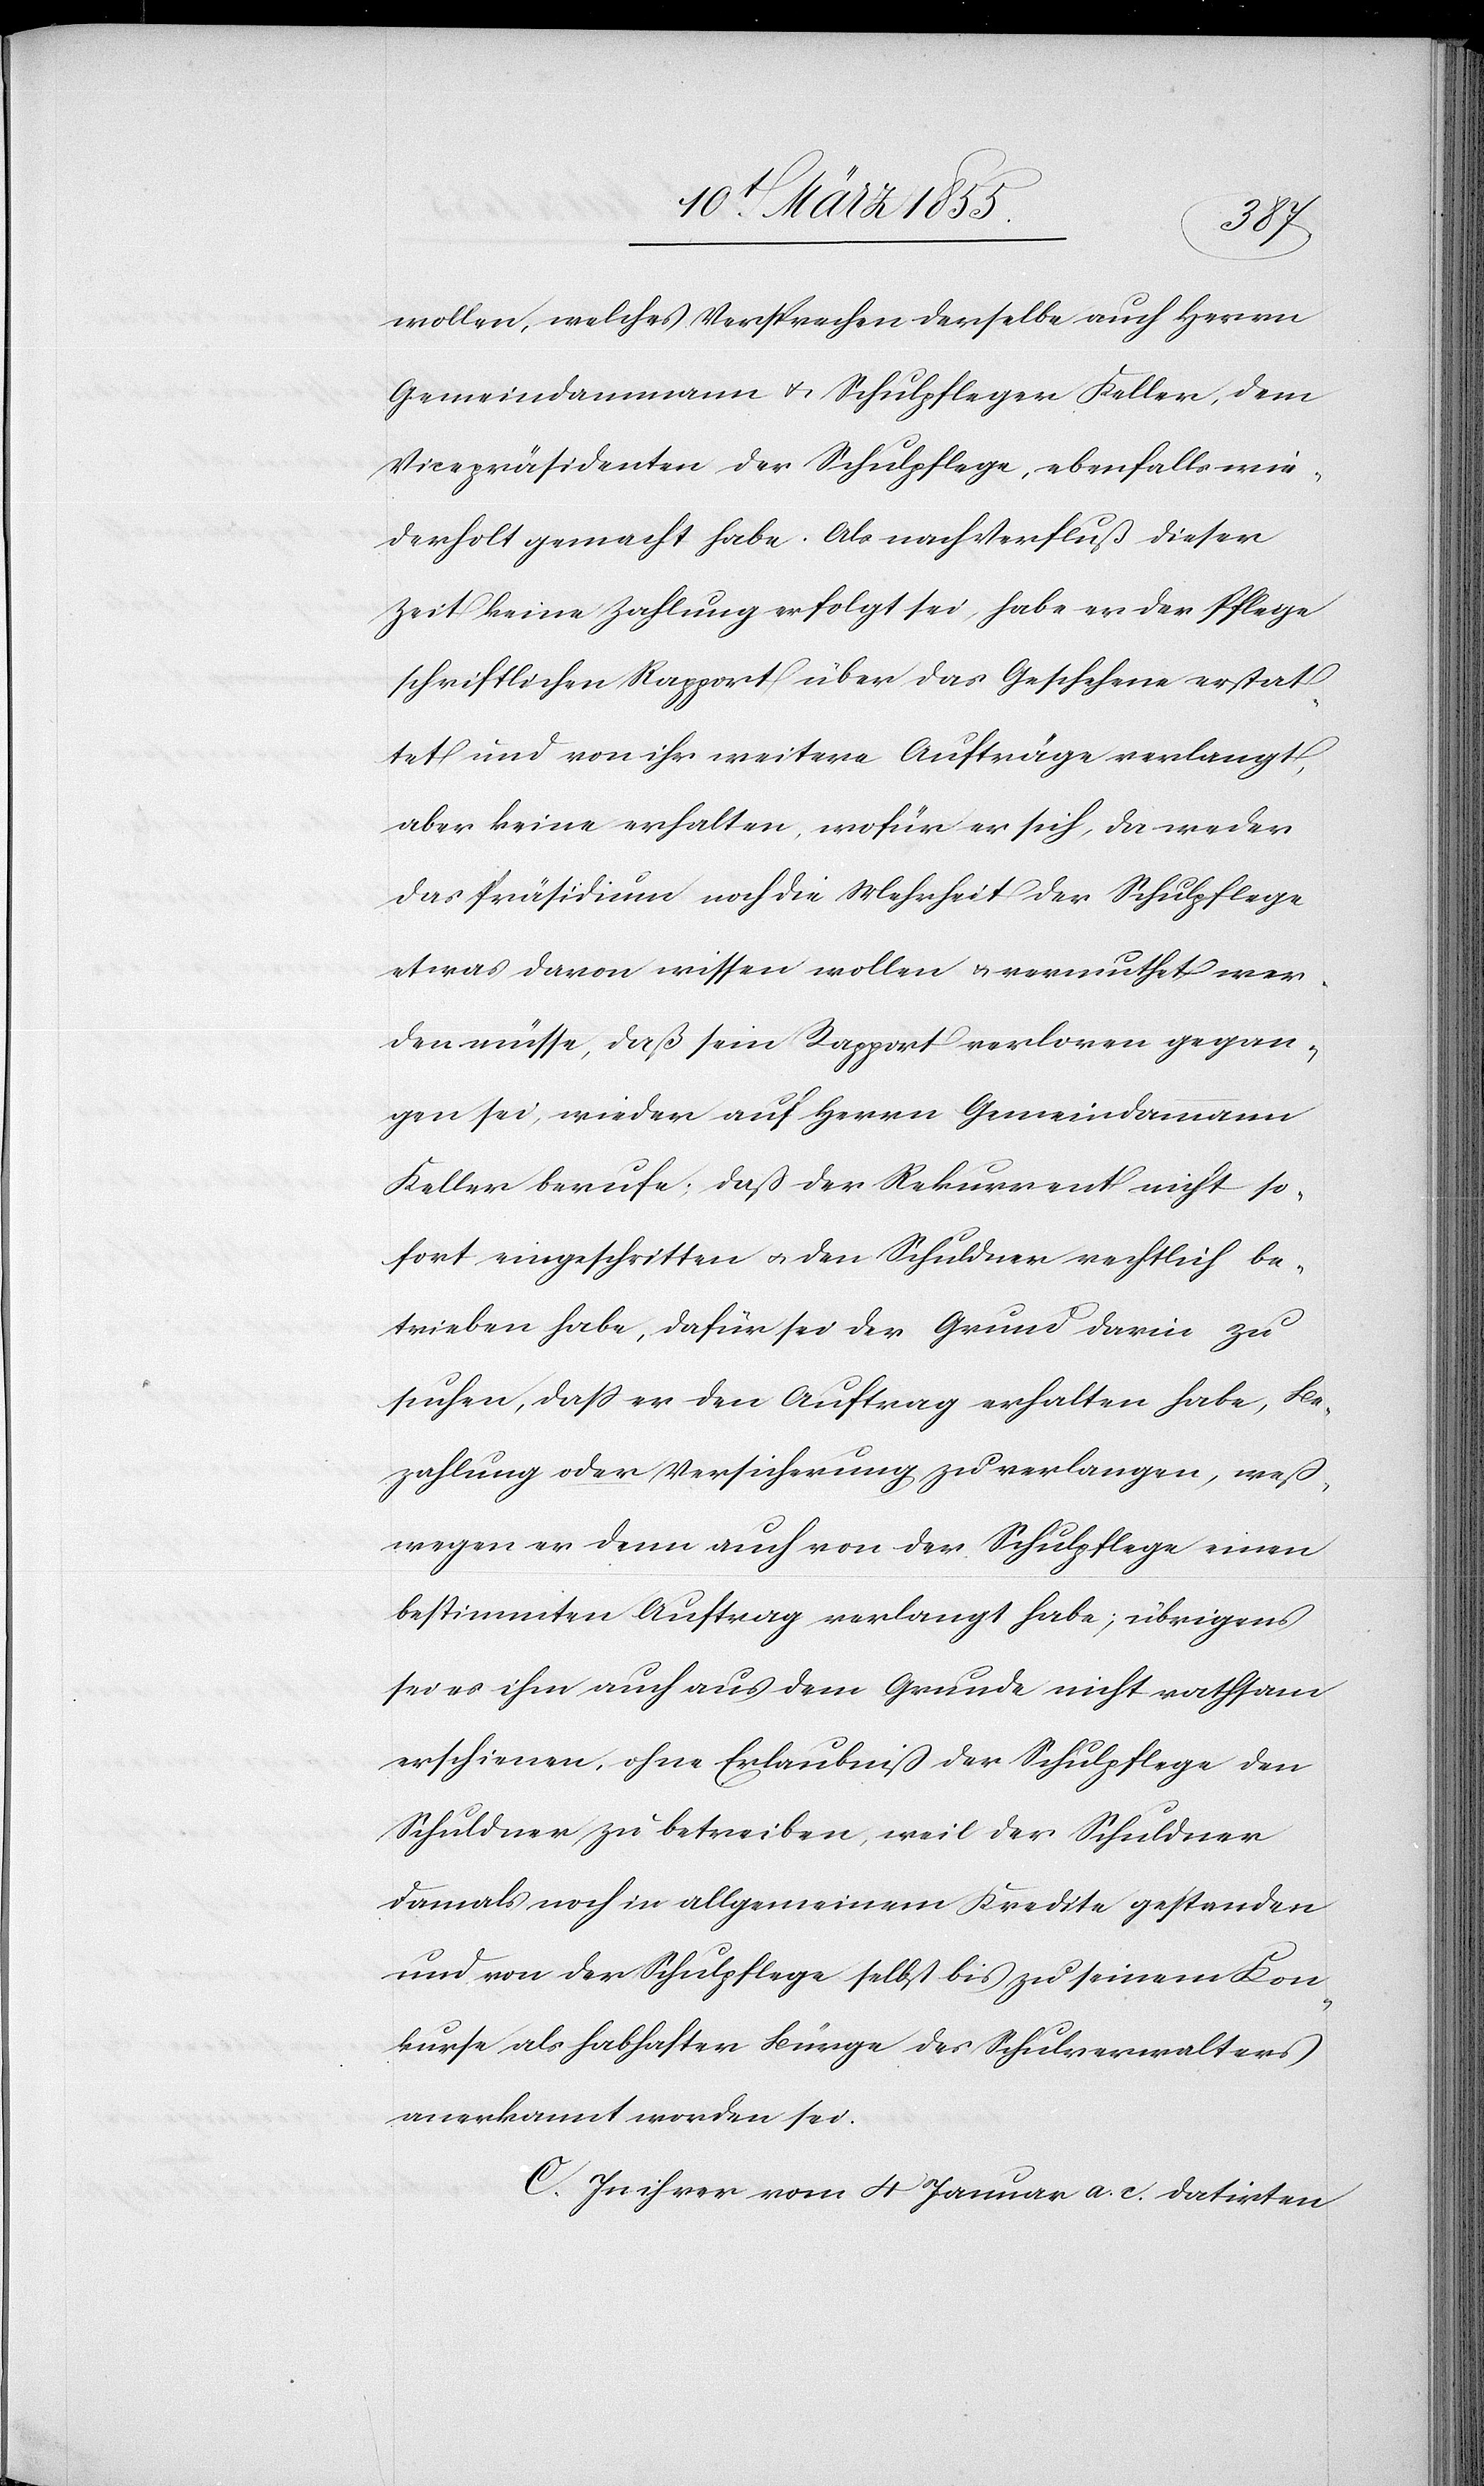
wollen, welches Versprechen derselbe auch Herrn
Gemeindammann & Schulpfleger Keller, dem
Vicepräsidenten der Schulpflege, ebenfalls wie¬
derholt gemacht habe. Als nach Verfluß dieser
Zeit keine Zahlung erfolgt sei, habe er der Pflege
schriftlichen Rapport über das Geschehene erstat¬
tet und von ihr weitere Aufträge verlangt,
aber keine erhalten, wofür er sich, da weder
das Präsidium noch die Mehrheit der Schulpflege
etwas davon wissen wollen & vermuthet wer¬
den müsse, daß sein Rapport verloren gegan¬
gen sei, wieder auf Herrn Gemeindammann
Keller berufe; daß der Rekurrent nicht so¬
fort eingeschritten & den Schuldner rechtlich be¬
trieben habe, dafür sei der Grund darin zu
suchen, dass er den Auftrag erhalten habe, Be¬
zahlung oder Versicherung zu verlangen, weß¬
wegen er denn auch von der Schulpflege einen
bestimmten Auftrag verlangt habe; übrigens
sei es ihm auch aus dem Grunde nicht rathsam
erschienen, ohne Erlaubniß der Schulpflege den
Schuldner zu betreiben, weil der Schuldner
damals noch in allgemeinem Kredite gestanden
und von der Schulpflege selbst bis zu seinem Kon¬
kurse als habhafter Bürge des Schulverwalters
anerkannt worden sei.
C. In ihrer vom 4 Januar a. c. datirten